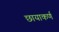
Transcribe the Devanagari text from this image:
छायाकर्ण